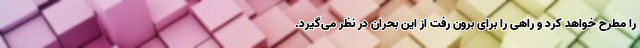
را مطرح خواهد کرد و راهی را برای برون رفت از این بحران در نظر می‌گیرد.